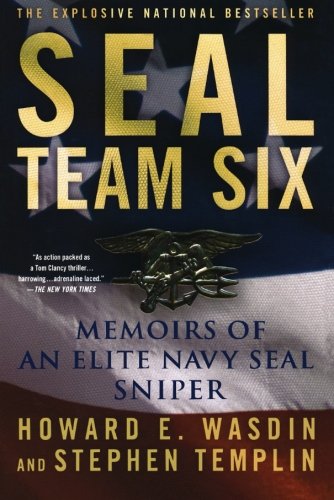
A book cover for SEAL Team Six: Memoirs of an Elite Navy SEAL Sniper; Howard E. Wasdin; History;